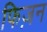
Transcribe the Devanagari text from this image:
फिज़न